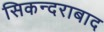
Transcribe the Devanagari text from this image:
सिकन्‍दराबाद